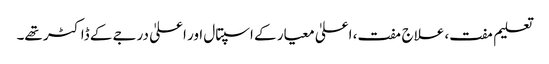
تعلیم مفت، علاج مفت، اعلیٰ معیار کے اسپتال اور اعلیٰ درجے کے ڈاکٹر تھے۔